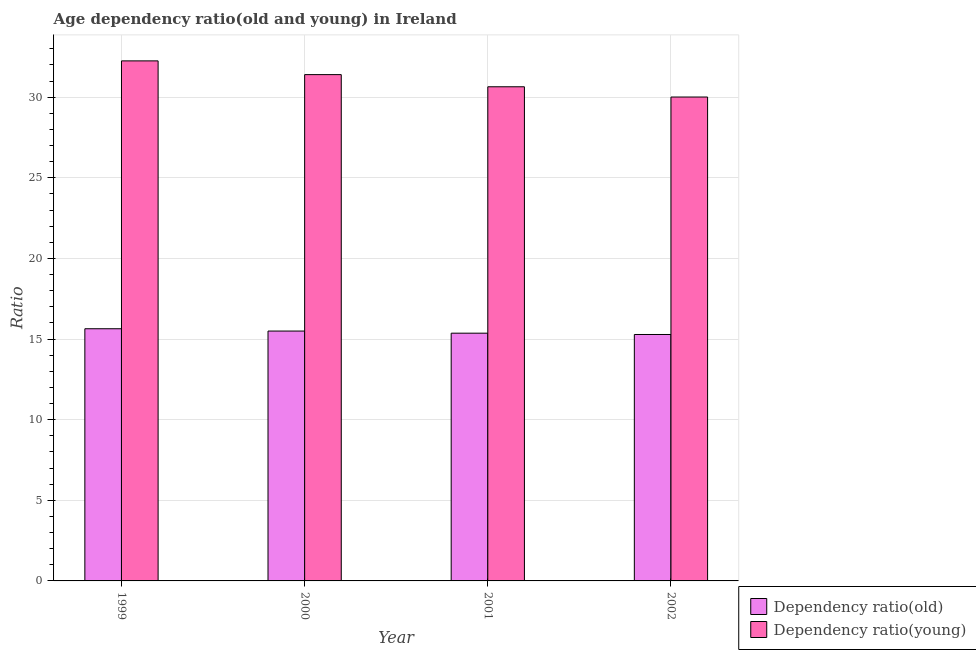
| Year | Dependency ratio(old) | Dependency ratio(young) |
 | --- | --- | --- |
 | 1999 | 15.6 | 32.3 |
 | 2000 | 15.5 | 31.4 |
 | 2001 | 15.4 | 30.6 |
 | 2002 | 15.3 | 30 |